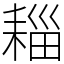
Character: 䎩